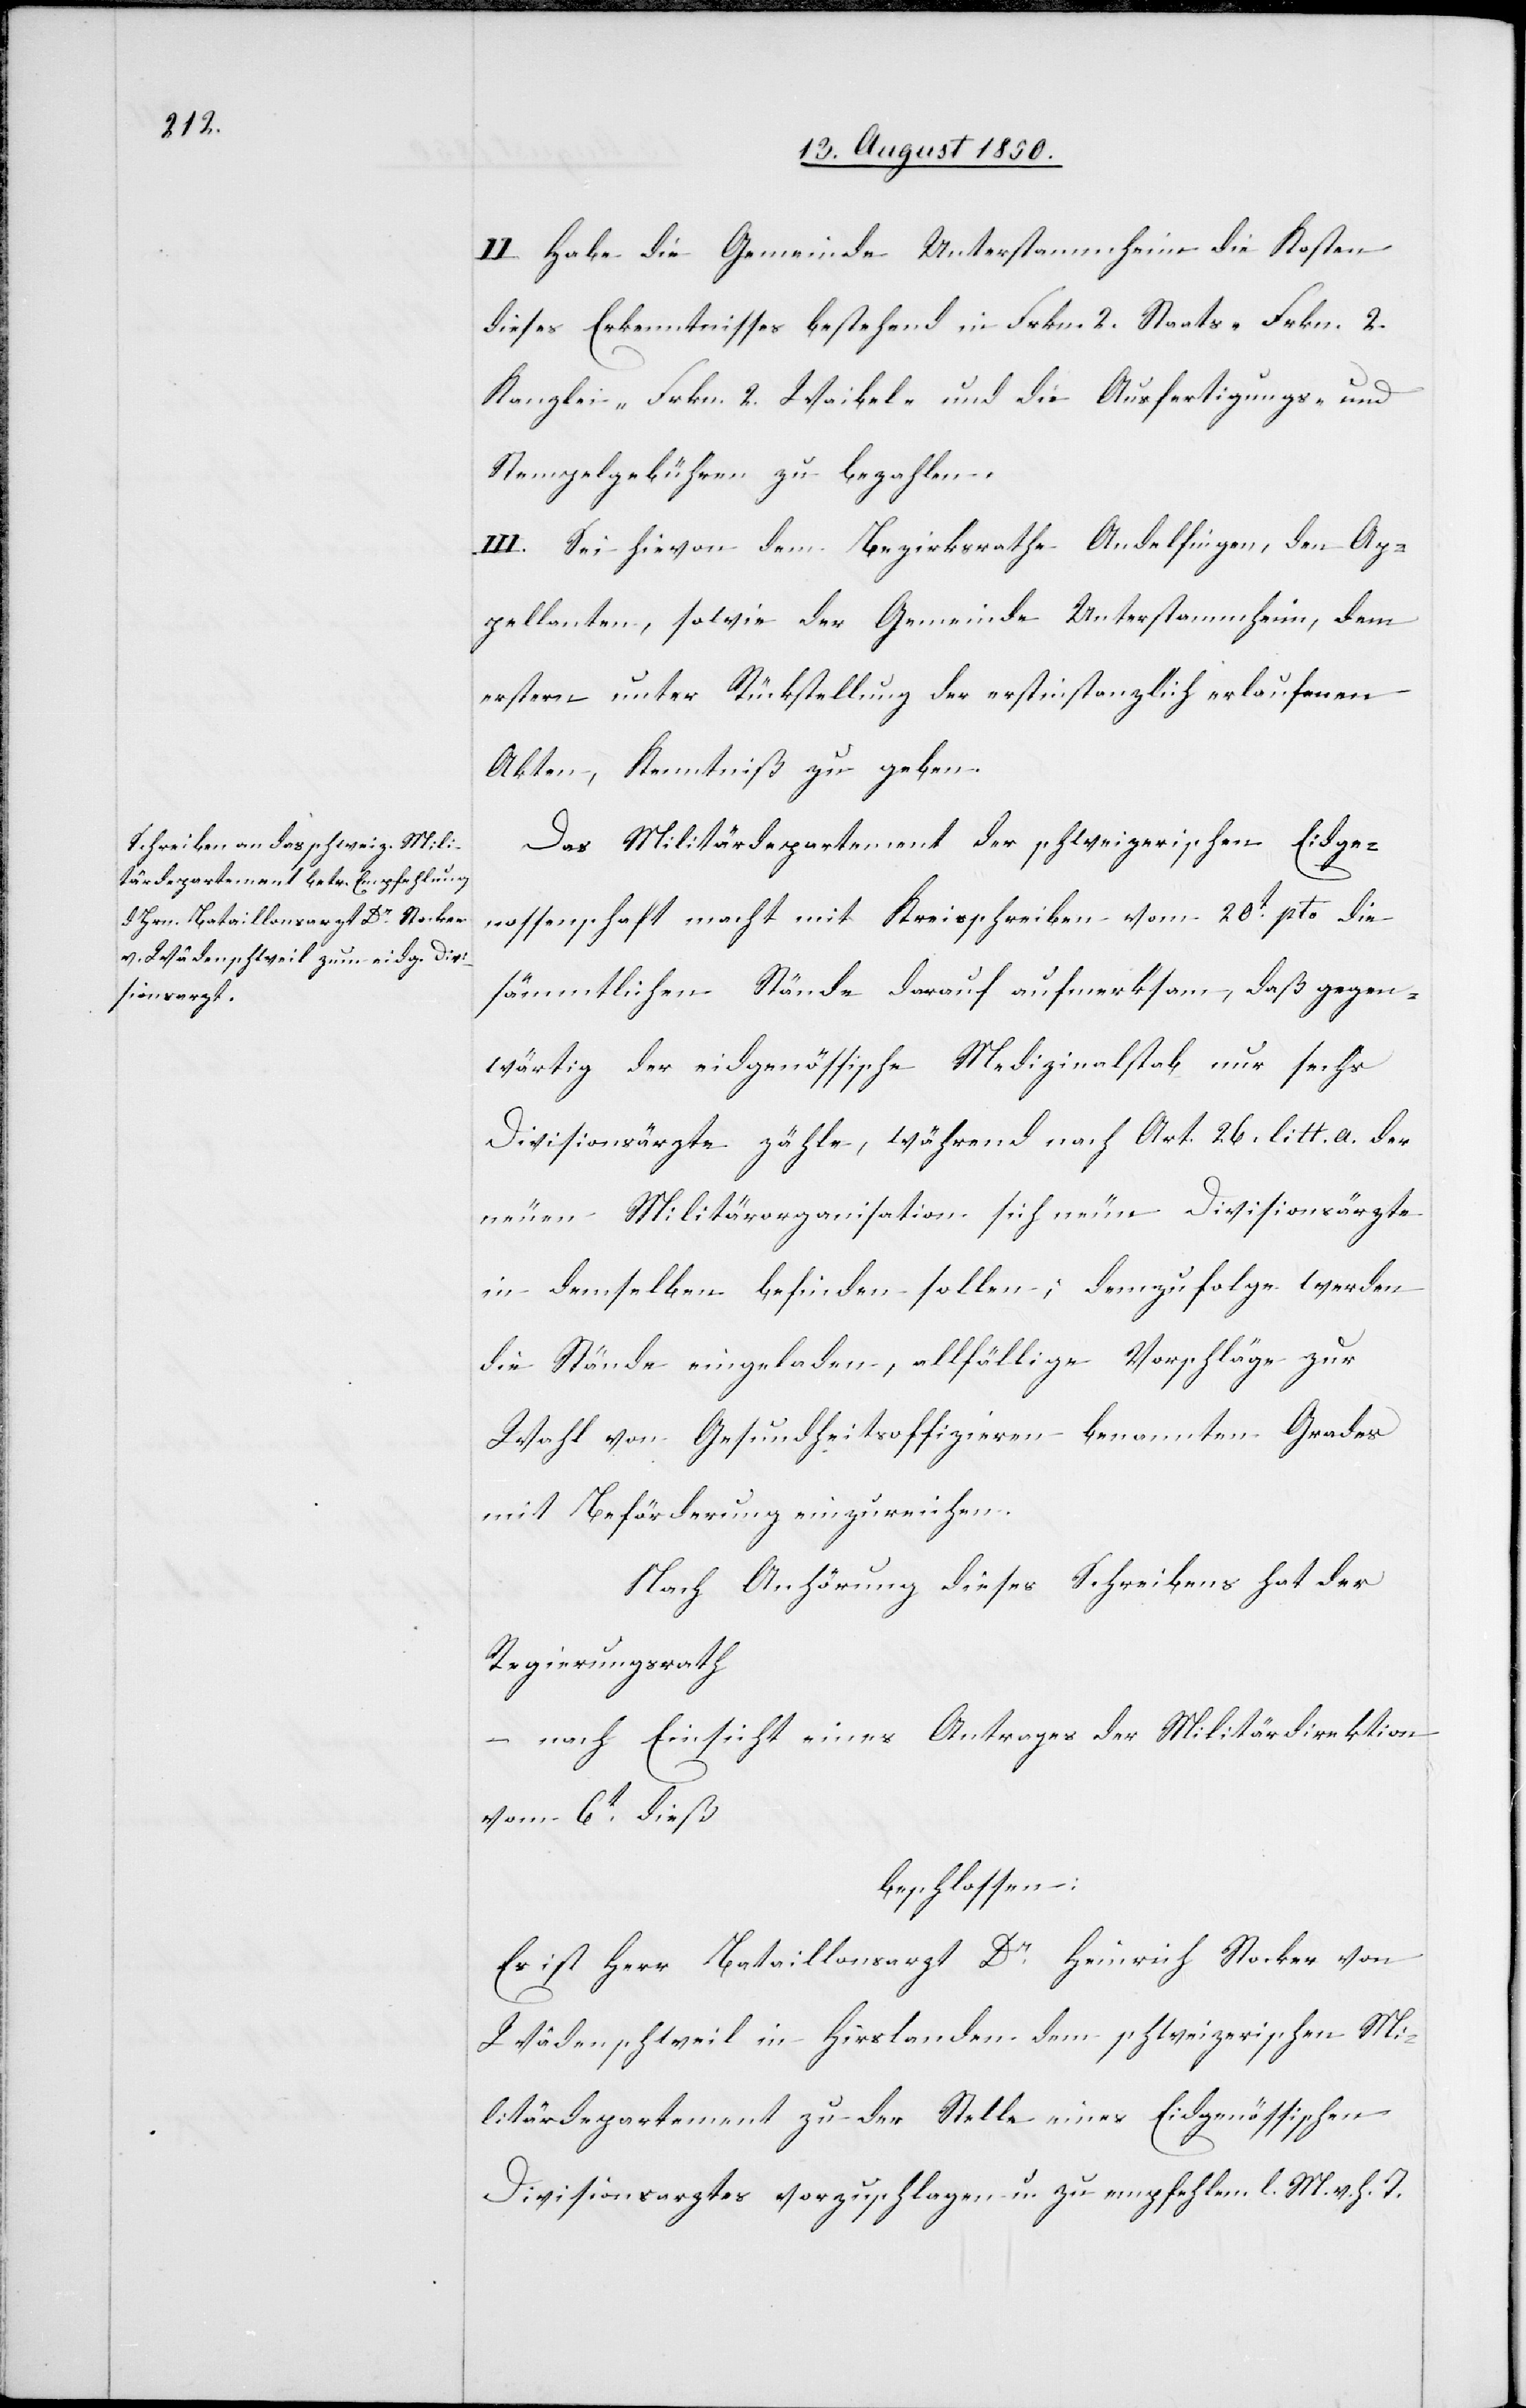
II. Habe die Gemeinde Unterstammheim die Kosten
dieses Erkenntnisses bestehend in Frkn. 2. Kanzlei-[,] Frkn. 2.
Stempelgebühren zu bezahlen.
III. Sei hievon dem Bezirksrathe Andelfingen, den Ap¬
pellanten, sowie der Gemeinde Unterstammheim, dem
erstern unter Rückstellung der erstinstanzlich erlaufenen
Akten, Kenntniß zu geben.
Das Militärdepartement der schweizerischen Eidge¬
nossenschaft macht mit Kreisschreiben vom 20t pto die
sämmtlichen Stände darauf aufmerksam, daß gegen¬
wärtig der eidgenössische Medizinalstab nur sechs
Divisionsärzte zähle, während nach Art. 26. litt. a. der
neuen Militärorganisation sich neun Divisionsärzte
in demselben befinden sollen; demzufolge werden
die Stände eingeladen, allfällige Vorschläge zur
Wahl von Gesundheitsoffizieren benannten Grades
mit Beförderung einzureichen.
Nach Anhörung dieses Schreibens hat der
Regierungsrath
– nach Einsicht eines Antrages der Militärdirektion
vom 6t dieß
beschlossen:
Es ist Herr Bataillonsarzt Dr Heinrich Stocker von
Wädenschweil in Hirslanden dem schweizerischen Mi¬
litärdepartement zu der Stelle eines Eidgenössischen
Divisionsarztes vorzuschlagen u. zu empfehlen l. M. v. h. T.